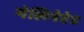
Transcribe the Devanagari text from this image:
मेलिनेटेड